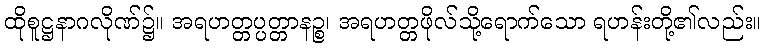
ထိုစူဋ္ဌနာဂလိုဏ်၌။ အရဟတ္တပ္ပတ္တာနဉ္စ၊ အရဟတ္တဖိုလ်သို့ရောက်သော ရဟန်းတို့၏လည်း။